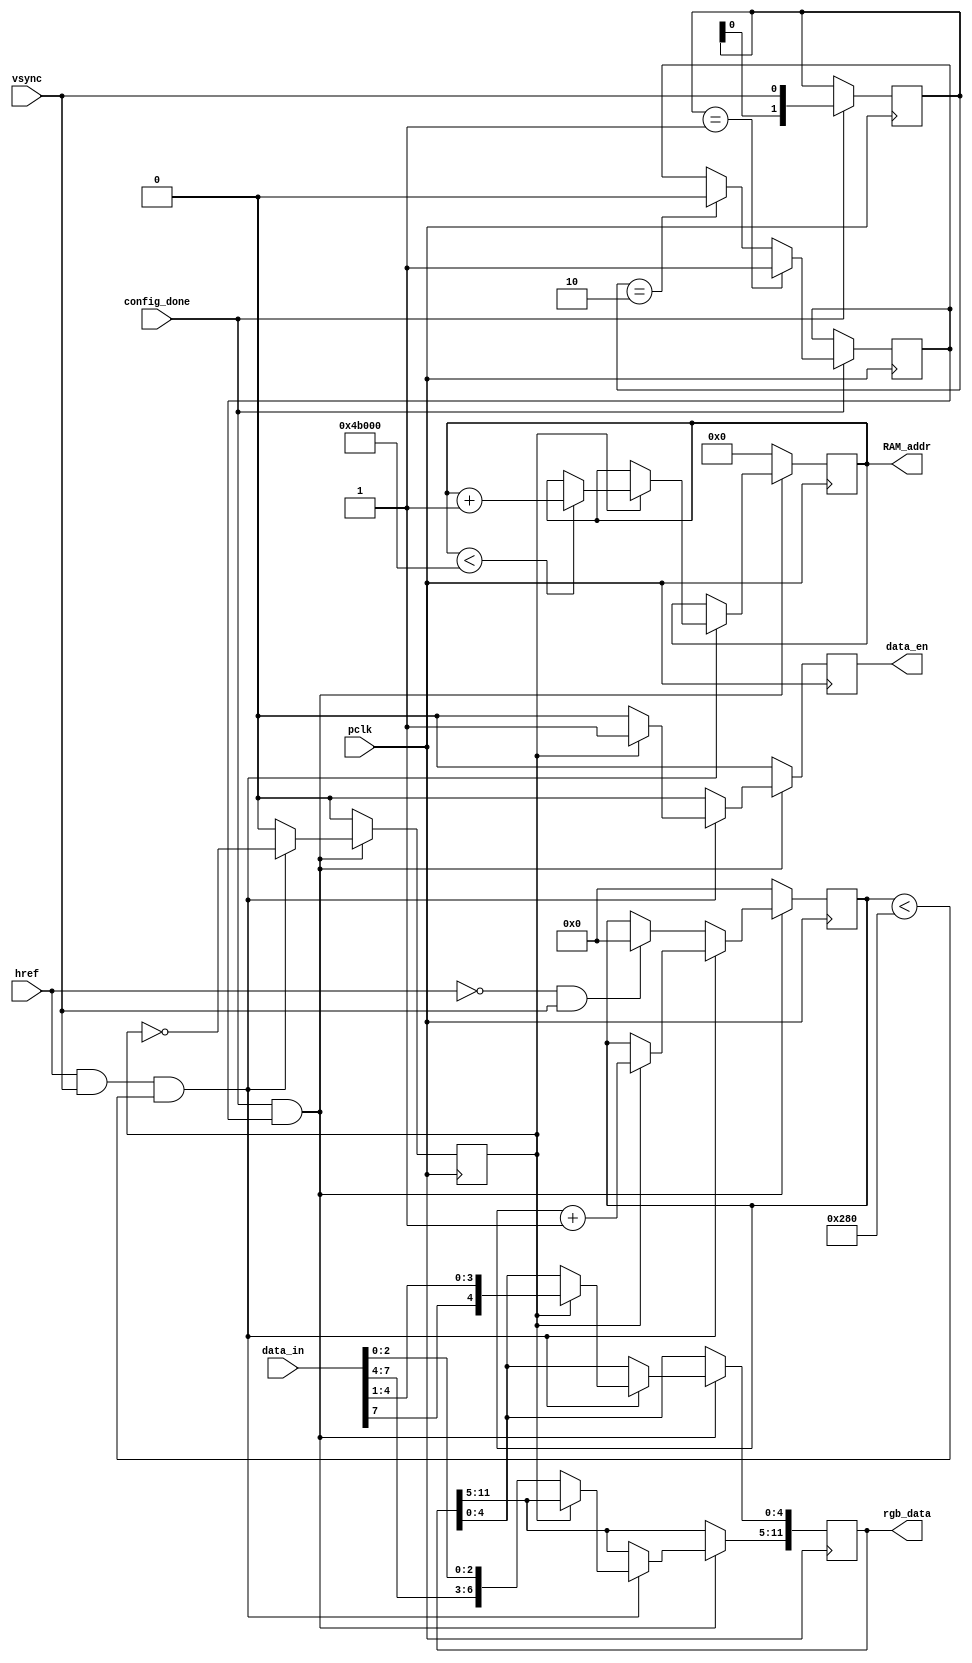
`timescale 1ns / 1ps
//////////////////////////////////////////////////////////////////////////////////
// Company: 
// Engineer: 
// 
// Design Name: 
// Module Name: pix_capture
// Project Name: 
// Target Devices: 
// Tool Versions: 
// Description: 
// 
// Dependencies: 
// 
// Revision:
// Revision 0.01 - File Created
// Additional Comments:
// 
//////////////////////////////////////////////////////////////////////////////////


module pix_capture(
    input pclk, 
    input config_done,//
    input href,
    input vsync,
    input [7:0]data_in,//8bit
    output [18:0]RAM_addr,
    output reg[11:0]rgb_data,
    output reg data_en//,
);
parameter MAX_COL_NUM = 11'd640;
parameter MAX_ADDR = 19'd307200;

reg [18:0]addr;
reg [11:0]hcnt;
reg [1:0]v_edge;
reg v_valid;//
reg flag;///

//////////vsync//////////
always @(posedge pclk)
begin
     if (config_done)
    begin
        v_edge <= {v_edge[0], vsync};
        if(v_edge == 2'b01) //
            v_valid <= 1; 
        else if(v_edge == 2'b10) //
            v_valid <= 0;
    end
end

////////////////////
always @ (posedge pclk)
begin
    if (config_done && v_valid)
    begin
        if ((href == 1'b1) && (vsync == 1'b1) && (hcnt < MAX_COL_NUM)) //
        begin   
            if (!flag)//
            begin                                    
                rgb_data[11:5] = {data_in[7:4], data_in[2:0]};
                data_en <= 0;
            end
            else//
            begin                                                 
                rgb_data[4:0] <= {data_in[7], data_in[4:1]};
                addr <=(addr < MAX_ADDR)? (addr + 1'b1):addr;
                hcnt <= hcnt+ 1'b1;
                data_en <= 1'b1;                      
            end
            flag <= ~flag;
        end
        else 
        begin   
            hcnt <=((href == 1'b0) && (vsync == 1'b1))? 0:hcnt;//
            flag <= 0;
            data_en <= 0;
        end
    end
    else 
    begin
        hcnt <= 0;
        addr <= 0;
        flag <= 0;
        data_en <= 0;
    end   
end    
assign RAM_addr = addr;

endmodule